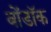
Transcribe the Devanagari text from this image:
बोंडॉक